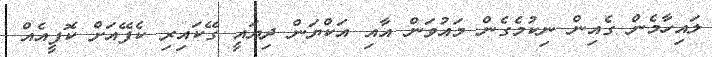
ލައިހާމެން ގެއިން ނިކުމެގެން މައުވަން އާއި އަކްޔަން ދިޔައީ ގޭކައިރި ކެފޭއަށް ކޮފީއެއް